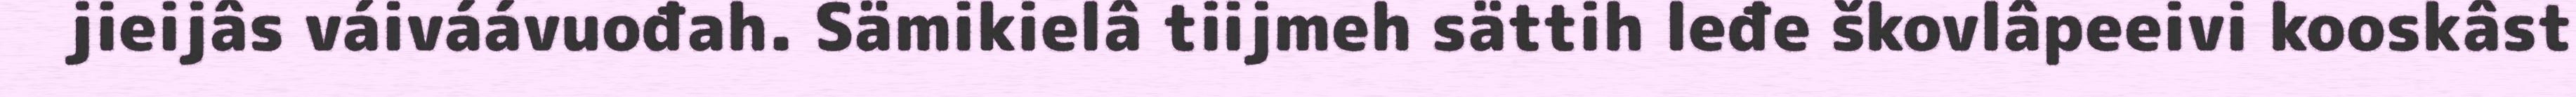
jieijâs váiváávuođah. Sämikielâ tiijmeh sättih leđe škovlâpeeivi kooskâst